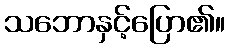
သဘောနှင့်ပြော၏။